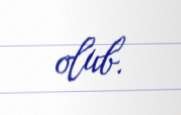
olub.